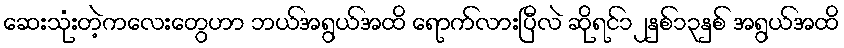
ဆေးသုံးတဲ့ကလေးတွေဟာ ဘယ်အရွယ်အထိ ရောက်လားပြီလဲ ဆိုရင်၁၂နှစ်၁၃နှစ် အရွယ်အထိ